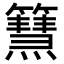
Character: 𥶬